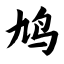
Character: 鸠